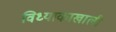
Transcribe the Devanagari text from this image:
विध्याकाखाली